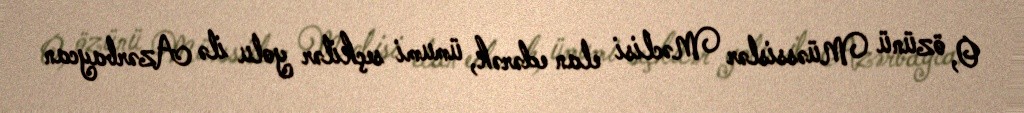
O, özünü Müəssislər Məclisi elan edərək, ümumi seçkilər yolu ilə Azərbaycan